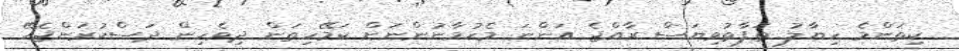
ކިތަންމެ ހިޔާލު ތަފާތުވިޔަސް ރާއްޖެ އަންނަ މެހުމާނުންނަށް ކަމޭހިތަން ދިވެހިން ދަސްކުރަންޖެހޭ